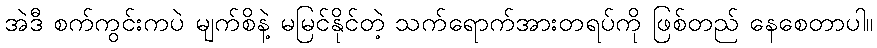
အဲဒီ စက်ကွင်းကပဲ မျက်စိနဲ့ မမြင်နိုင်တဲ့ သက်ရောက်အားတရပ်ကို ဖြစ်တည် နေစေတာပါ။